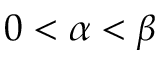
0 < \alpha < \beta